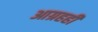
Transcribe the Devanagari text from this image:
आग्रहही